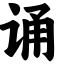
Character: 诵